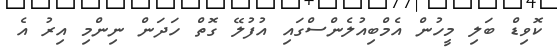
ކޮވިޑް ބަލި މީހުން އެމްބިއުލެންސްގައި އުފުލޭ ގޮތް ހަަދަން ނިންމި އިރު އެ